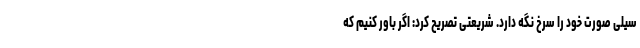
سیلی صورت خود را سرخ نگه دارد. شریعتی تصریح کرد: اگر باور کنیم که